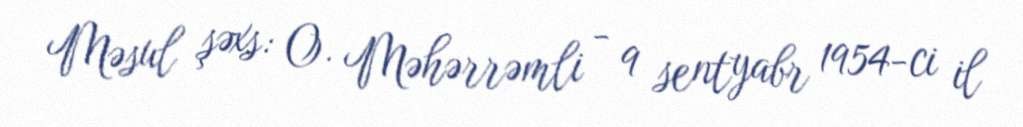
Məsul şəxs: O. Məhərrəmli - 9 sentyabr 1954-ci il